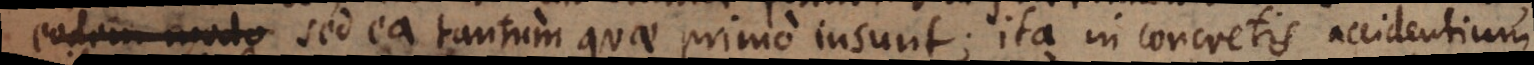
eodem modo sed ea tantum quae primo insunt; ita in concretis accidentium